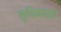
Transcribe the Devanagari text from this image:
लुधियानात